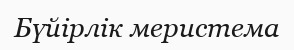
Бүйірлік меристема